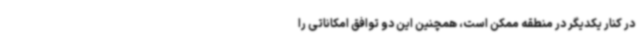
در کنار یکدیگر در منطقه ممکن است، همچنین این دو توافق امکاناتی را